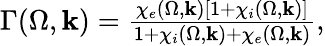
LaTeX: \begin{array}{r}{\Gamma(\Omega,\mathbf{k})=\frac{\chi_{e}(\Omega,\mathbf{k})[1+\chi_{i}(\Omega,\mathbf{k})]}{1+\chi_{i}(\Omega,\mathbf{k})+\chi_{e}(\Omega,\mathbf{k})},}\end{array}